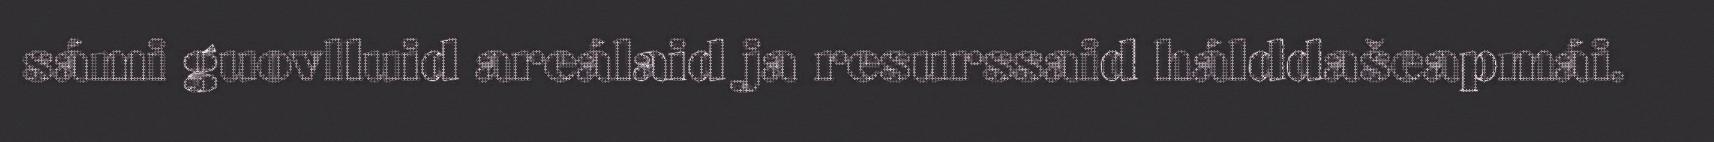
sámi guovlluid areálaid ja resurssaid hálddašeapmái.